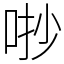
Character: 𠳕